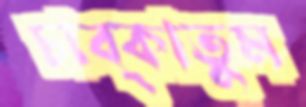
চাব্‌কাতুম